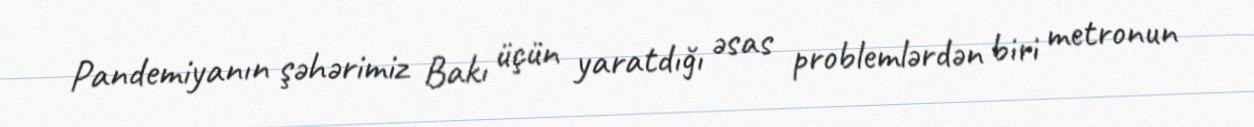
Pandemiyanın şəhərimiz Bakı üçün yaratdığı əsas problemlərdən biri metronun